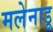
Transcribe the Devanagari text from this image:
मलेनाडू